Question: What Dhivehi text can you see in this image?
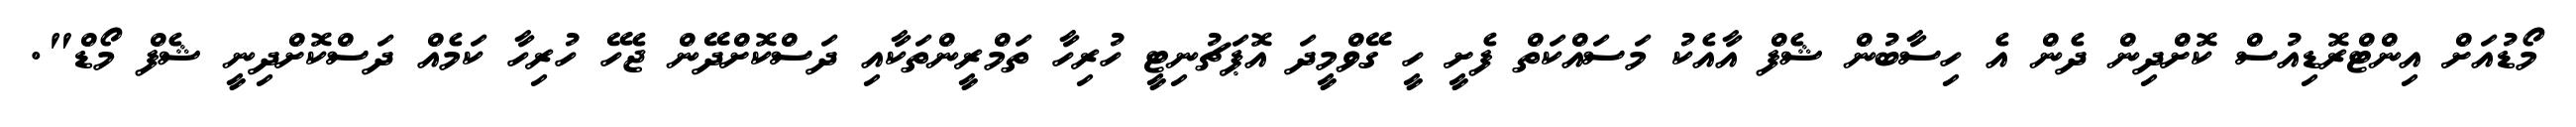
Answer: މޯޑުއަށް އިންޓްރޮޑިއުސް ކޮށްދިން ދެން އެ ހިސާބުން ޝެފް އާއެކު މަސައްކަތް ފެށީ ހީ ގޭވްމީދަ އޮޕަޗުނިޓީ ހުރިހާ ތަމްރީންތަކާއި ދަސްކޮށްދޭން ޖެހޭ ހުރިހާ ކަމެއް ދަސްކޮށްދިނީ ޝެފް މޯޑް".